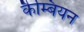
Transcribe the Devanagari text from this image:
कैम्बियन